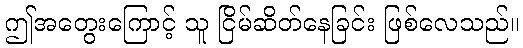
ဤအတွေးကြောင့် သူ ငြိမ်ဆိတ်နေခြင်း ဖြစ်လေသည်။